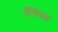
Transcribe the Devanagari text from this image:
पॅलिसा